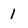
Character: 1